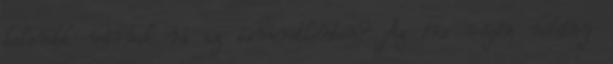
kalandok várnak rá az ismeretlenben? Az óra végén néhány